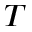
T